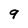
Character: 9